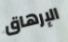
الإرهاق